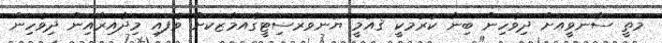
މަތީ ސާނަވީއަށް ދިވެހިން ބިނާ ކުރުމަކީ ޤައުމީ ޔުނވަރސިޓީގެއަމާޒަކަށް ވެފައި މިދާއިރާއިން ދިވެހިން